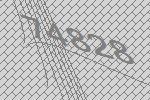
74828